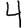
Digit: 4